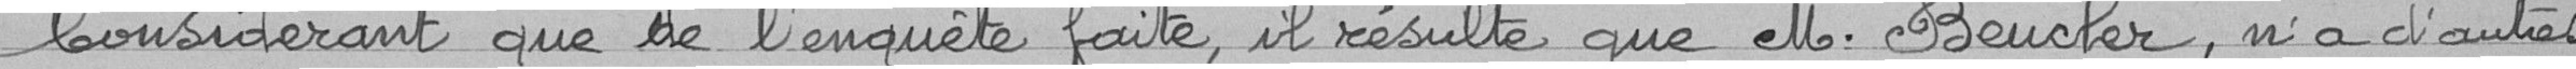
Considérant que de l'enquête faite, il résulte que M. Beucler n'a d'aute